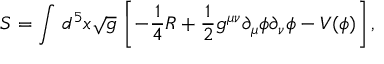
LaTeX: S = \int \, d ^ { 5 } x \sqrt { g } \, \left[ - \frac { 1 } { 4 } R + \frac { 1 } { 2 } g ^ { \mu \nu } \partial _ { \mu } \phi \partial _ { \nu } \phi - V ( \phi ) \right] ,